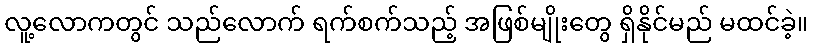
လူ့လောကတွင် သည်လောက် ရက်စက်သည့် အဖြစ်မျိုးတွေ ရှိနိုင်မည် မထင်ခဲ့။